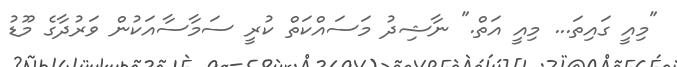
"މިއީ ގައިތަ... މިއީ އަތް." ނާޝިދު މަސައްކަތް ކުރީ ސަމާސާއަކުން ވަރުދާގެ މޫޑު